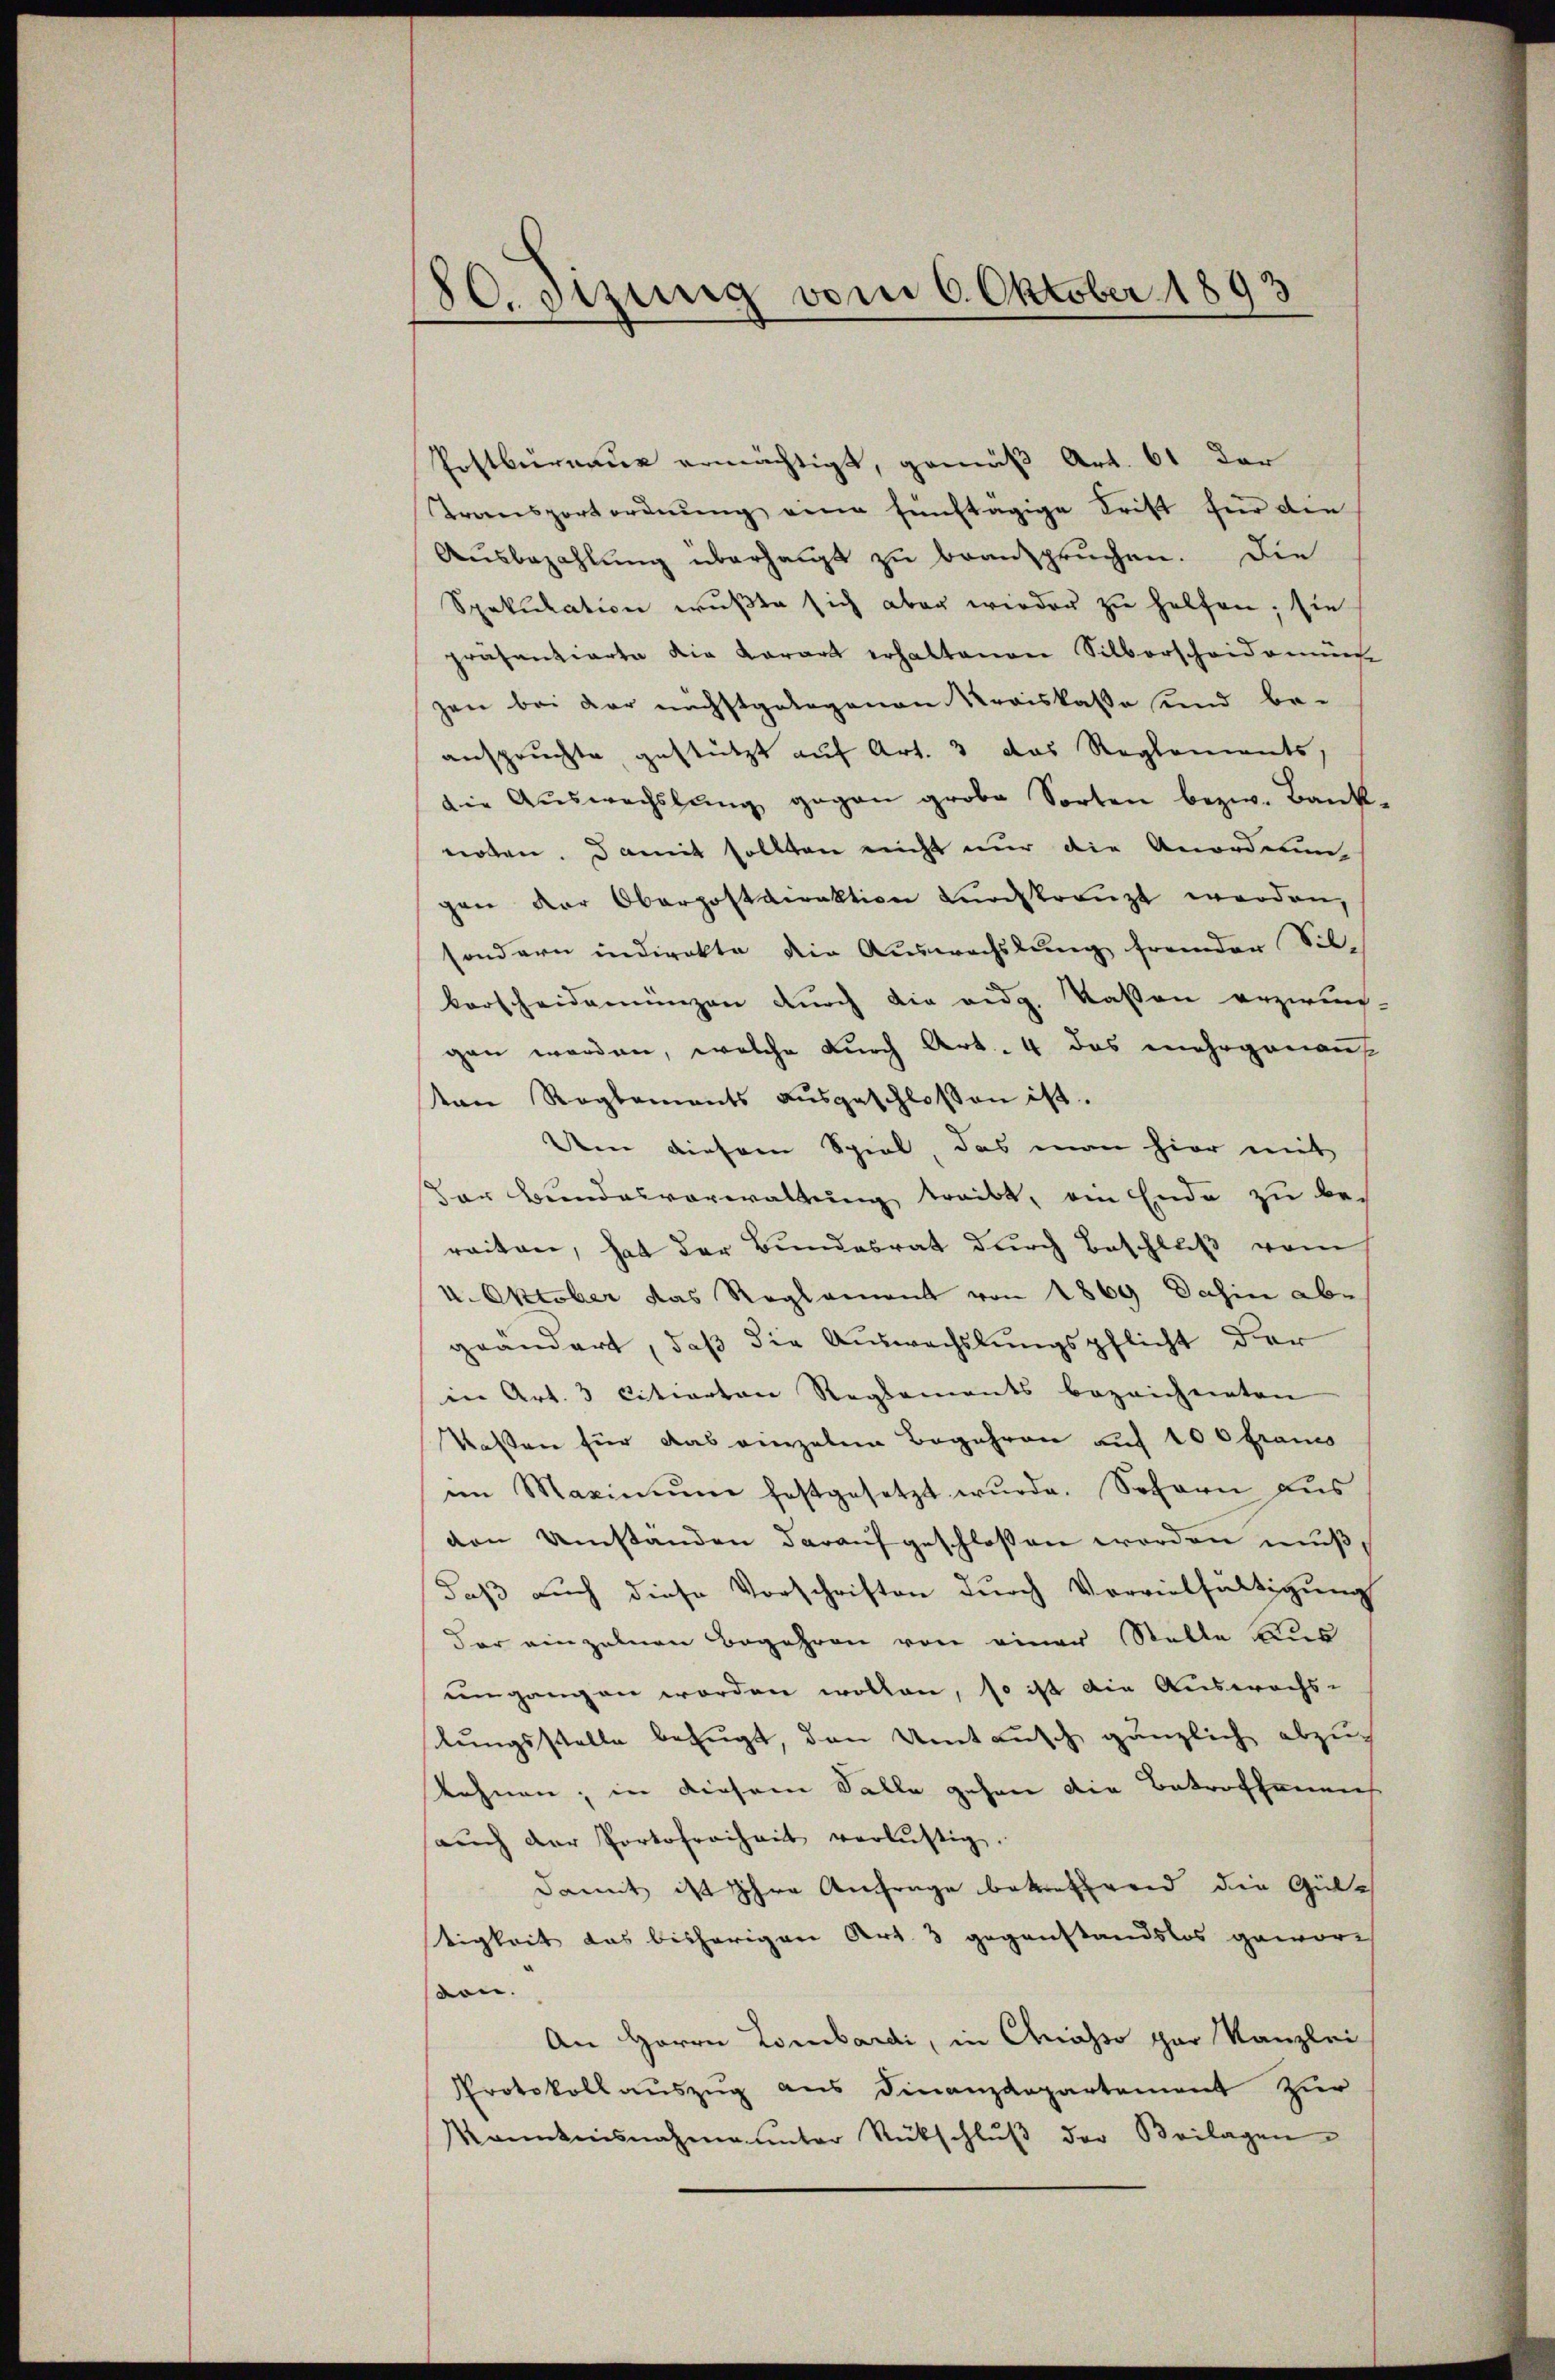
80. Sizung vom 6. Oktober 1893

Postbureaus ermächtigt, gemäß Art. 61 dar
Transportordnung eine fünftägige Frist für die
Aŭsbezahlŭng überhaupt zŭ beanspruchen. Die
Spekulation wußte sich aber wieder zu helfen; sie
präsentierte die Karart erhaltenen Silberscheidemün-
zen bei der nächstgelegenen Kreiskasse und be-
anspruchte gestützt auf Art. 3 das Reglements,
die Aŭswechslung gegen grobe Sorten bezw. Bank-
noten. Damit sollten nicht nur die Anordnungen der Oberpostdirektion durchkränzt werden,
sondern indirekte die Auswechslung fremder Silkorscheidemünzen durch die aug. Kassen erzweig-
gen worden, welche durch Art. 4 das mehrgenau
an Reglements aŭsgeschlossen ist.
Den diesem Spiel, das man hier mit
Der Bundesverwaltung treibt, ein Ende zu bereiten, hat der Bundesrat durch Beschluß vom
4. Oktober das Reglement von 1869 Dahin abgeändert, daß die Auswechslungspflicht der
in Art. 3 citierten Reglements bezeichneten
Kaßen für das vierzelne Begehren auf 100 francs
im Maximŭm festgesetzt wŭrde. Sofern aus
den Umständen darauf geschlossen worden muß,
daß auch diese Vorschriften durch Vervielfältigung
der einzelnen Begehren von einer Stelle Aus
umgangen worden wollen, so ist die Auswachs-
lungsstelle befugt, den Umtausch gänzlich abzu
tehnen; in diesem Falle gehen die Betroffenen
aŭch der Portofreiheit verlustig.
damit ist ihre Anfrage betreffend die Gültigkeit das bisherigen Art. 3 gegenstandslos gewor-
von.
An Herrn Lombardi, in Chiasso par Kanzlei
Protokollauszug aus Finanzdepartement zur
Kanntnisnahme unter Rückschlŭβ der Beilagen